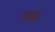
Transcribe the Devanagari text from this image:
जमो